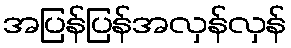
အပြန်ပြန်အလှန်လှန်